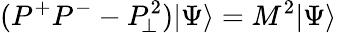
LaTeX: (P^{+}P^{-}-P_{\! \perp}^{2})\vert\Psi\rangle=M^{2}\vert\Psi\rangle